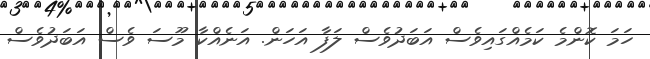
ހަމަ ކޮންމެ ކަމެއްގައިވެސް އަބަދުވެސް ލަފާ އަހަން. އަނެއްކާ މޫސަ ވެސް އަބަދުވެސް